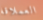
العملاقة